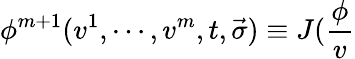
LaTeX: \phi^{m+1}(v^{1},\cdots,v^{m},t,\vec{\sigma})\equiv J(\frac\phi v